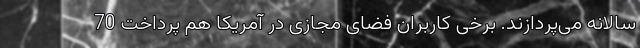
سالانه می‌پردازند. برخی کاربران فضای مجازی در آمریکا هم پرداخت 70